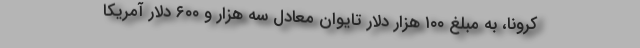
کرونا، به مبلغ ۱۰۰ هزار دلار تایوان معادل سه هزار و ۶۰۰ دلار آمریکا